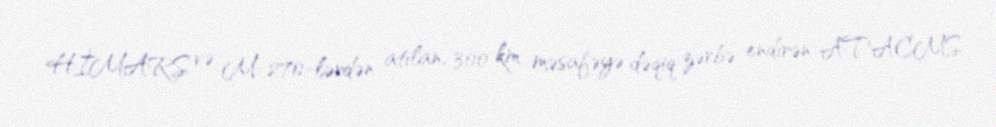
HİMARS və M-270-lərdən atılan, 300 km məsafəyə dəqiq zərbə endirən ATACMS